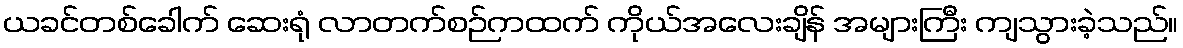
ယခင်တစ်ခေါက် ဆေးရုံ လာတက်စဉ်ကထက် ကိုယ်အလေးချိန် အများကြီး ကျသွားခဲ့သည်။